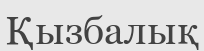
Қызбалық